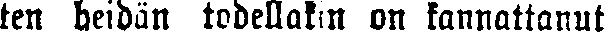
ten heidän todellakin on kannattanut